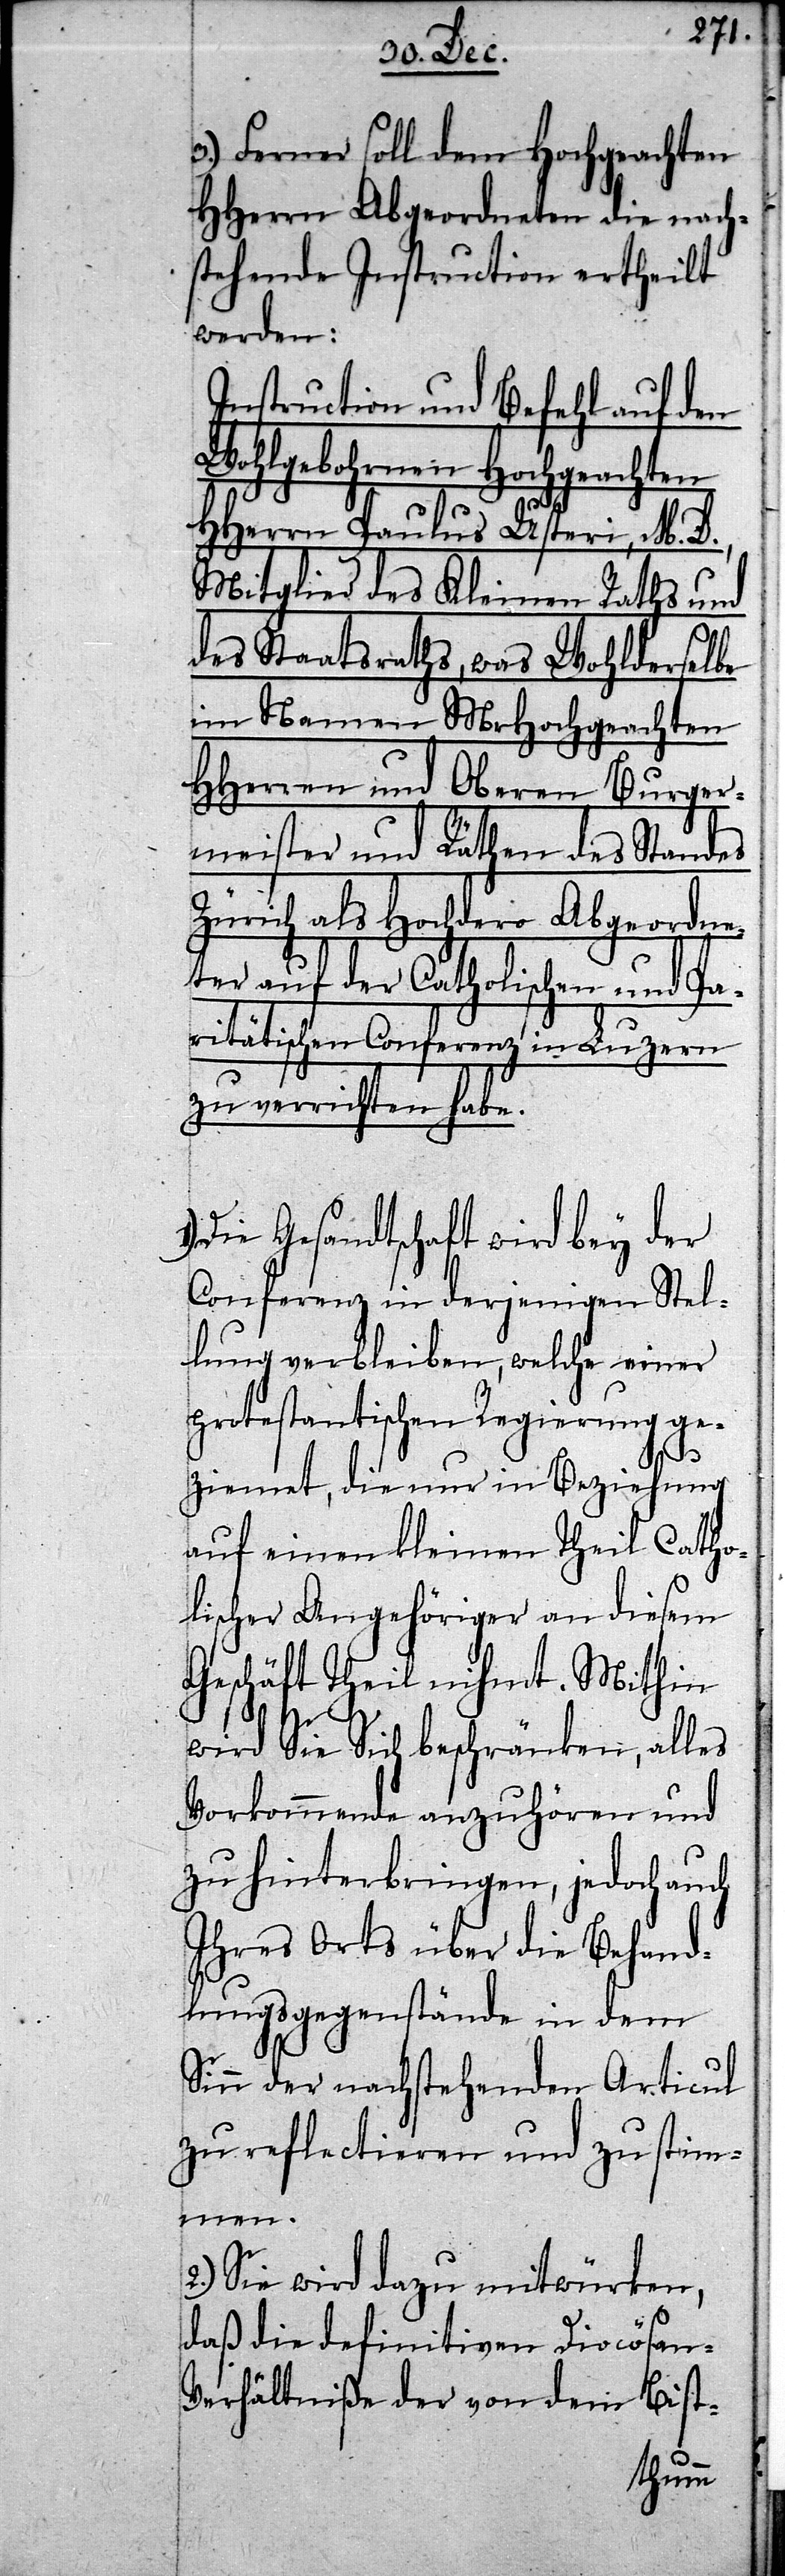
3.) Ferner soll dem Hochgeachten
HHerrn Abgeordneten die nach¬
stehende Instruction ertheilt
werden:
Instruction und Befehl auf den
Wohlgebohrnen Hochgeachten
HHerrn Paulus Usteri, M. D.,
Mitglied des Kleinen Raths und
des Staatsraths, was Wohlderselbe
im Namen MrHochgeachten
HHerren und Oberen Burger¬
meister und Räthen des Standes
Zürich als Hochdero Abgeordne¬
ter auf der Catholischen und Pa¬
ritätischen Conferenz in Luzern
zu verrichten habe.
Die Gesandtschaft wird bey der
Conferenz in derjenigen Stel¬
lung verbleiben, welche einer
protestantischen Regierung ge¬
ziemet, die nur in Beziehung
auf einen kleinen Theil Catho¬
lischer Angehöriger an diesem
Geschäft Theil nihmt. Mithin
wird Sie Sich beschränken, alles
Vorkommende anzuhören und
zu hinterbringen, jedoch auch
Ihres Orts über die Behand¬
lungsgegenstände in dem
Sinn der nachstehenden Articul
zu reflectieren und zu stim¬
men.
2.) Sie wird dazu mitwürken,
daß die definitiven Diocösan-V¬
erhältniße der von dem Bist-